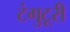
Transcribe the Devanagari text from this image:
टंगुटूरी